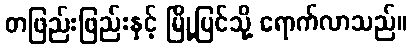
တဖြည်းဖြည်းနှင့် မြို့ပြင်သို့ ရောက်လာသည်။